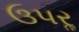
ઉપરૢ